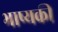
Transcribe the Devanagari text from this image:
भाष्यकी